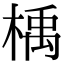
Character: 楀